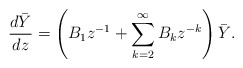
\begin{align*} \frac{d\bar{Y}}{dz}=\left( B_{1}z^{-1}+\sum_{k=2}^{\infty}B_{k}z^{-k}\right)\bar{Y}. \end{align*}